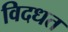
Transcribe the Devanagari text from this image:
विदधत